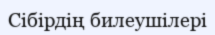
Сібірдің билеушілері